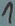
Text: 1